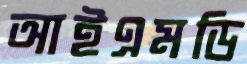
আইএমডি